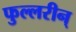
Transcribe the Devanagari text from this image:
फुल्लरीन्